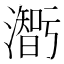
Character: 𤂥